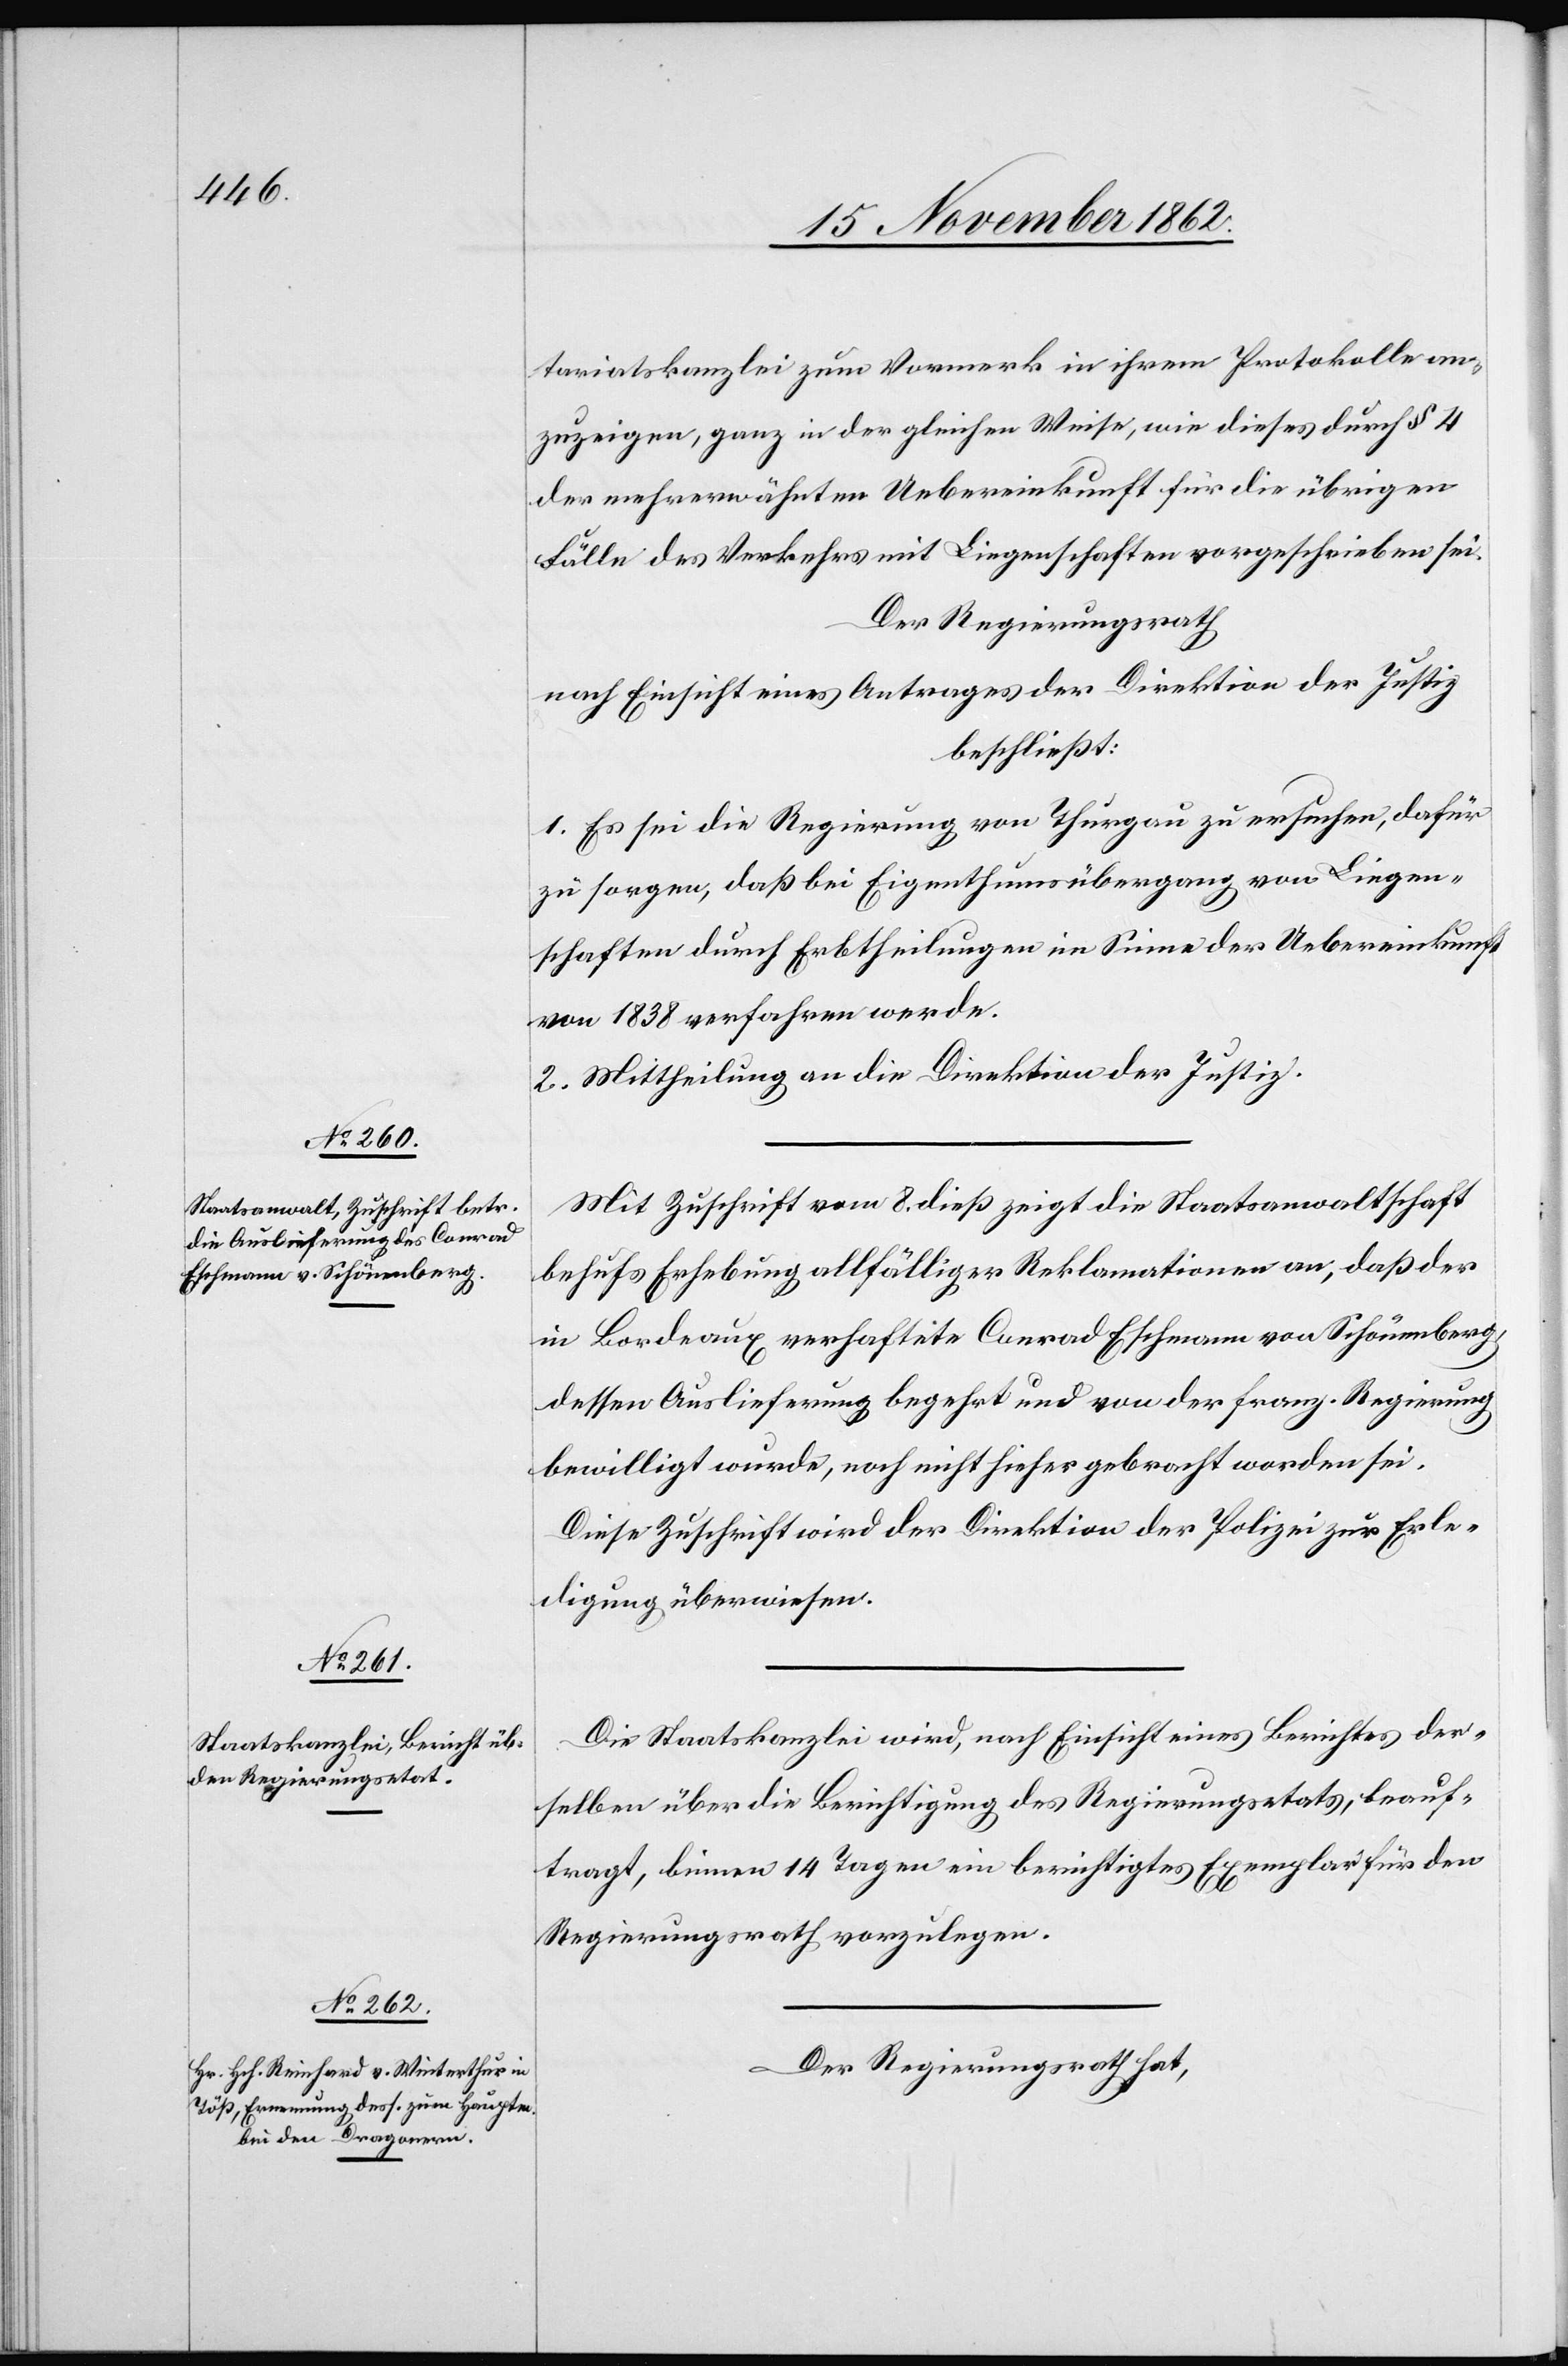
tariatskanzlei zum Vormerk in ihrem Protokolle an¬
zuzeigen, ganz in der gleichen Weise, wie dieses durch § 4
der mehrerwähnten Uebereinkunft für die übrigen
Fälle des Verkehrs mit Liegenschaften vorgeschrieben sei.
Der Regierungsrath
nach Einsicht eines Antrages der Direktion der Justiz
beschließt:
1. Es sei die Regierung von Thurgau zu ersuchen, dafür
zu sorgen, daß bei Eigenthumsübergang von Liegen¬
schaften durch Erbtheilungen im Sinne der Uebereinkunft
von 1838 verfahren werde.
2. Mittheilung an die Direktion der Justiz.
Mit Zuschrift vom 8. dieß zeigt die Staatsanwaltschaft
behufs Erhebung allfälliger Reklamationen an, daß der
in Bordeaux verhaftete Conrad Eschmann von Schönenberg,
dessen Auslieferung begehrt und von der franz. Regierung
bewilligt wurde, noch nicht hieher gebracht worden sei.
Diese Zuschrift wird der Direktion der Polizei zur Erle¬
digung überwiesen.
Die Staatskanzlei wird, nach Einsicht eines Berichtes der¬
selben über die Berichtigung des Regierungsetats, beauf¬
tragt, binnen 14 Tagen ein berichtigtes Exemplar für den
Regierungsrath vorzulegen.
Der Regierungsrath hat,